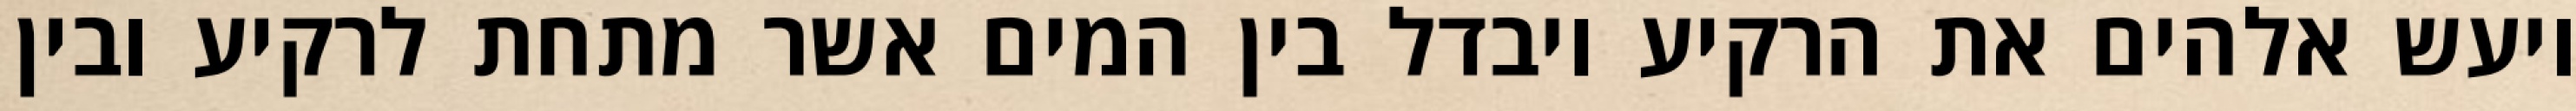
ויעש אלהים את הרקיע ויבדל בין המים אשר מתחת לרקיע ובין